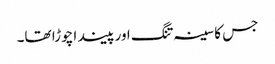
جس کا سینہ تنگ اور پیندا چوڑا تھا۔